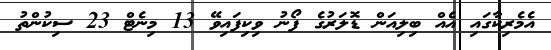
އެމެރިކާގައި އެއް ބިލިއަން ޑޮލަރުގެ ފޯނު ވިކިފައިވޭ 13 މިނެޓް 23 ސިކުންތު